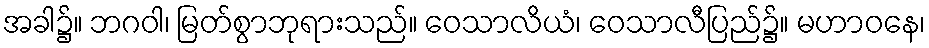
အခါ၌။ ဘဂဝါ၊ မြတ်စွာဘုရားသည်။ ဝေသာလိယံ၊ ဝေသာလီပြည်၌။ မဟာဝနေ၊